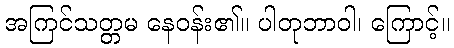
အကြင်သတ္တမ နေဝန်း၏။ ပါတုဘာဝါ၊ ကြောင့်။